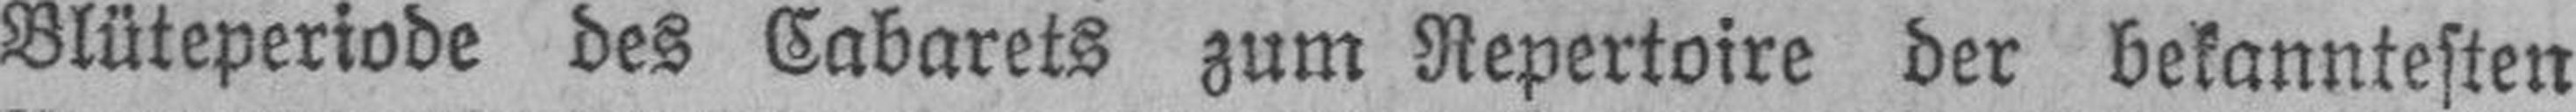
Blüteperiode des Cabarets zum Repertoire der bekanntesten